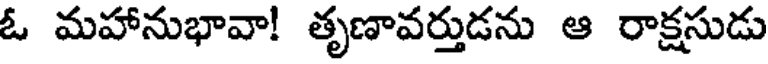
ఓ మహానుభావా! తృణావర్తుడను ఆ రాక్షసుడు